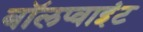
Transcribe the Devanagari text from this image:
बॉलप्वाइंट